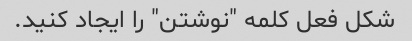
شکل فعل کلمه "نوشتن" را ایجاد کنید.